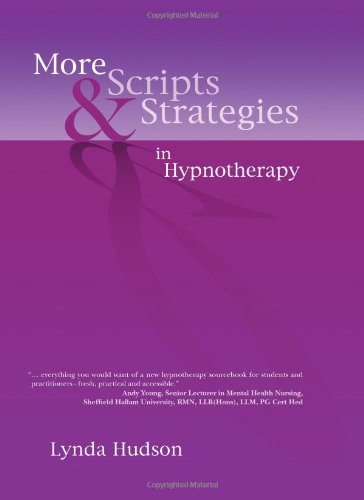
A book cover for More Scripts and Strategies in Hypnotherapy; Lynda Hudson; Self-Help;